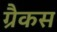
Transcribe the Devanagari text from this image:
ग्रैकस